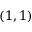
( 1 , 1 )